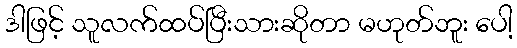
ဒါဖြင့် သူလက်ထပ်ပြီးသားဆိုတာ မဟုတ်ဘူး ပေါ့